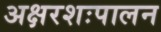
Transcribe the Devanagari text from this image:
अक्षरशःपालन